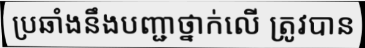
ប្រឆាំងនឹងបញ្ជាថ្នាក់លើ ត្រូវបាន